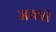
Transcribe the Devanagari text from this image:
जयपी